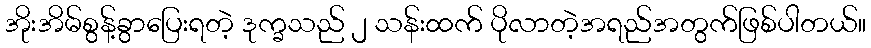
အိုးအိမ်စွန့်ခွာပြေးရတဲ့ ဒုက္ခသည် ၂ သန်းထက် ပိုလာတဲ့အရည်အတွက်ဖြစ်ပါတယ်။